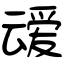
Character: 叆